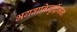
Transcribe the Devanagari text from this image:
भगवानिन्दुर्द्विजानां